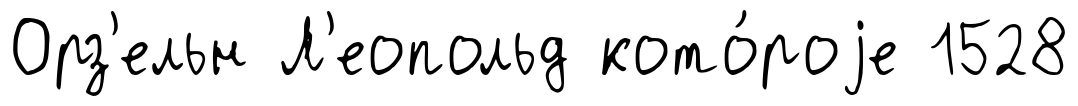
Орз'ельн Л'еопольд кото́роjе 1528